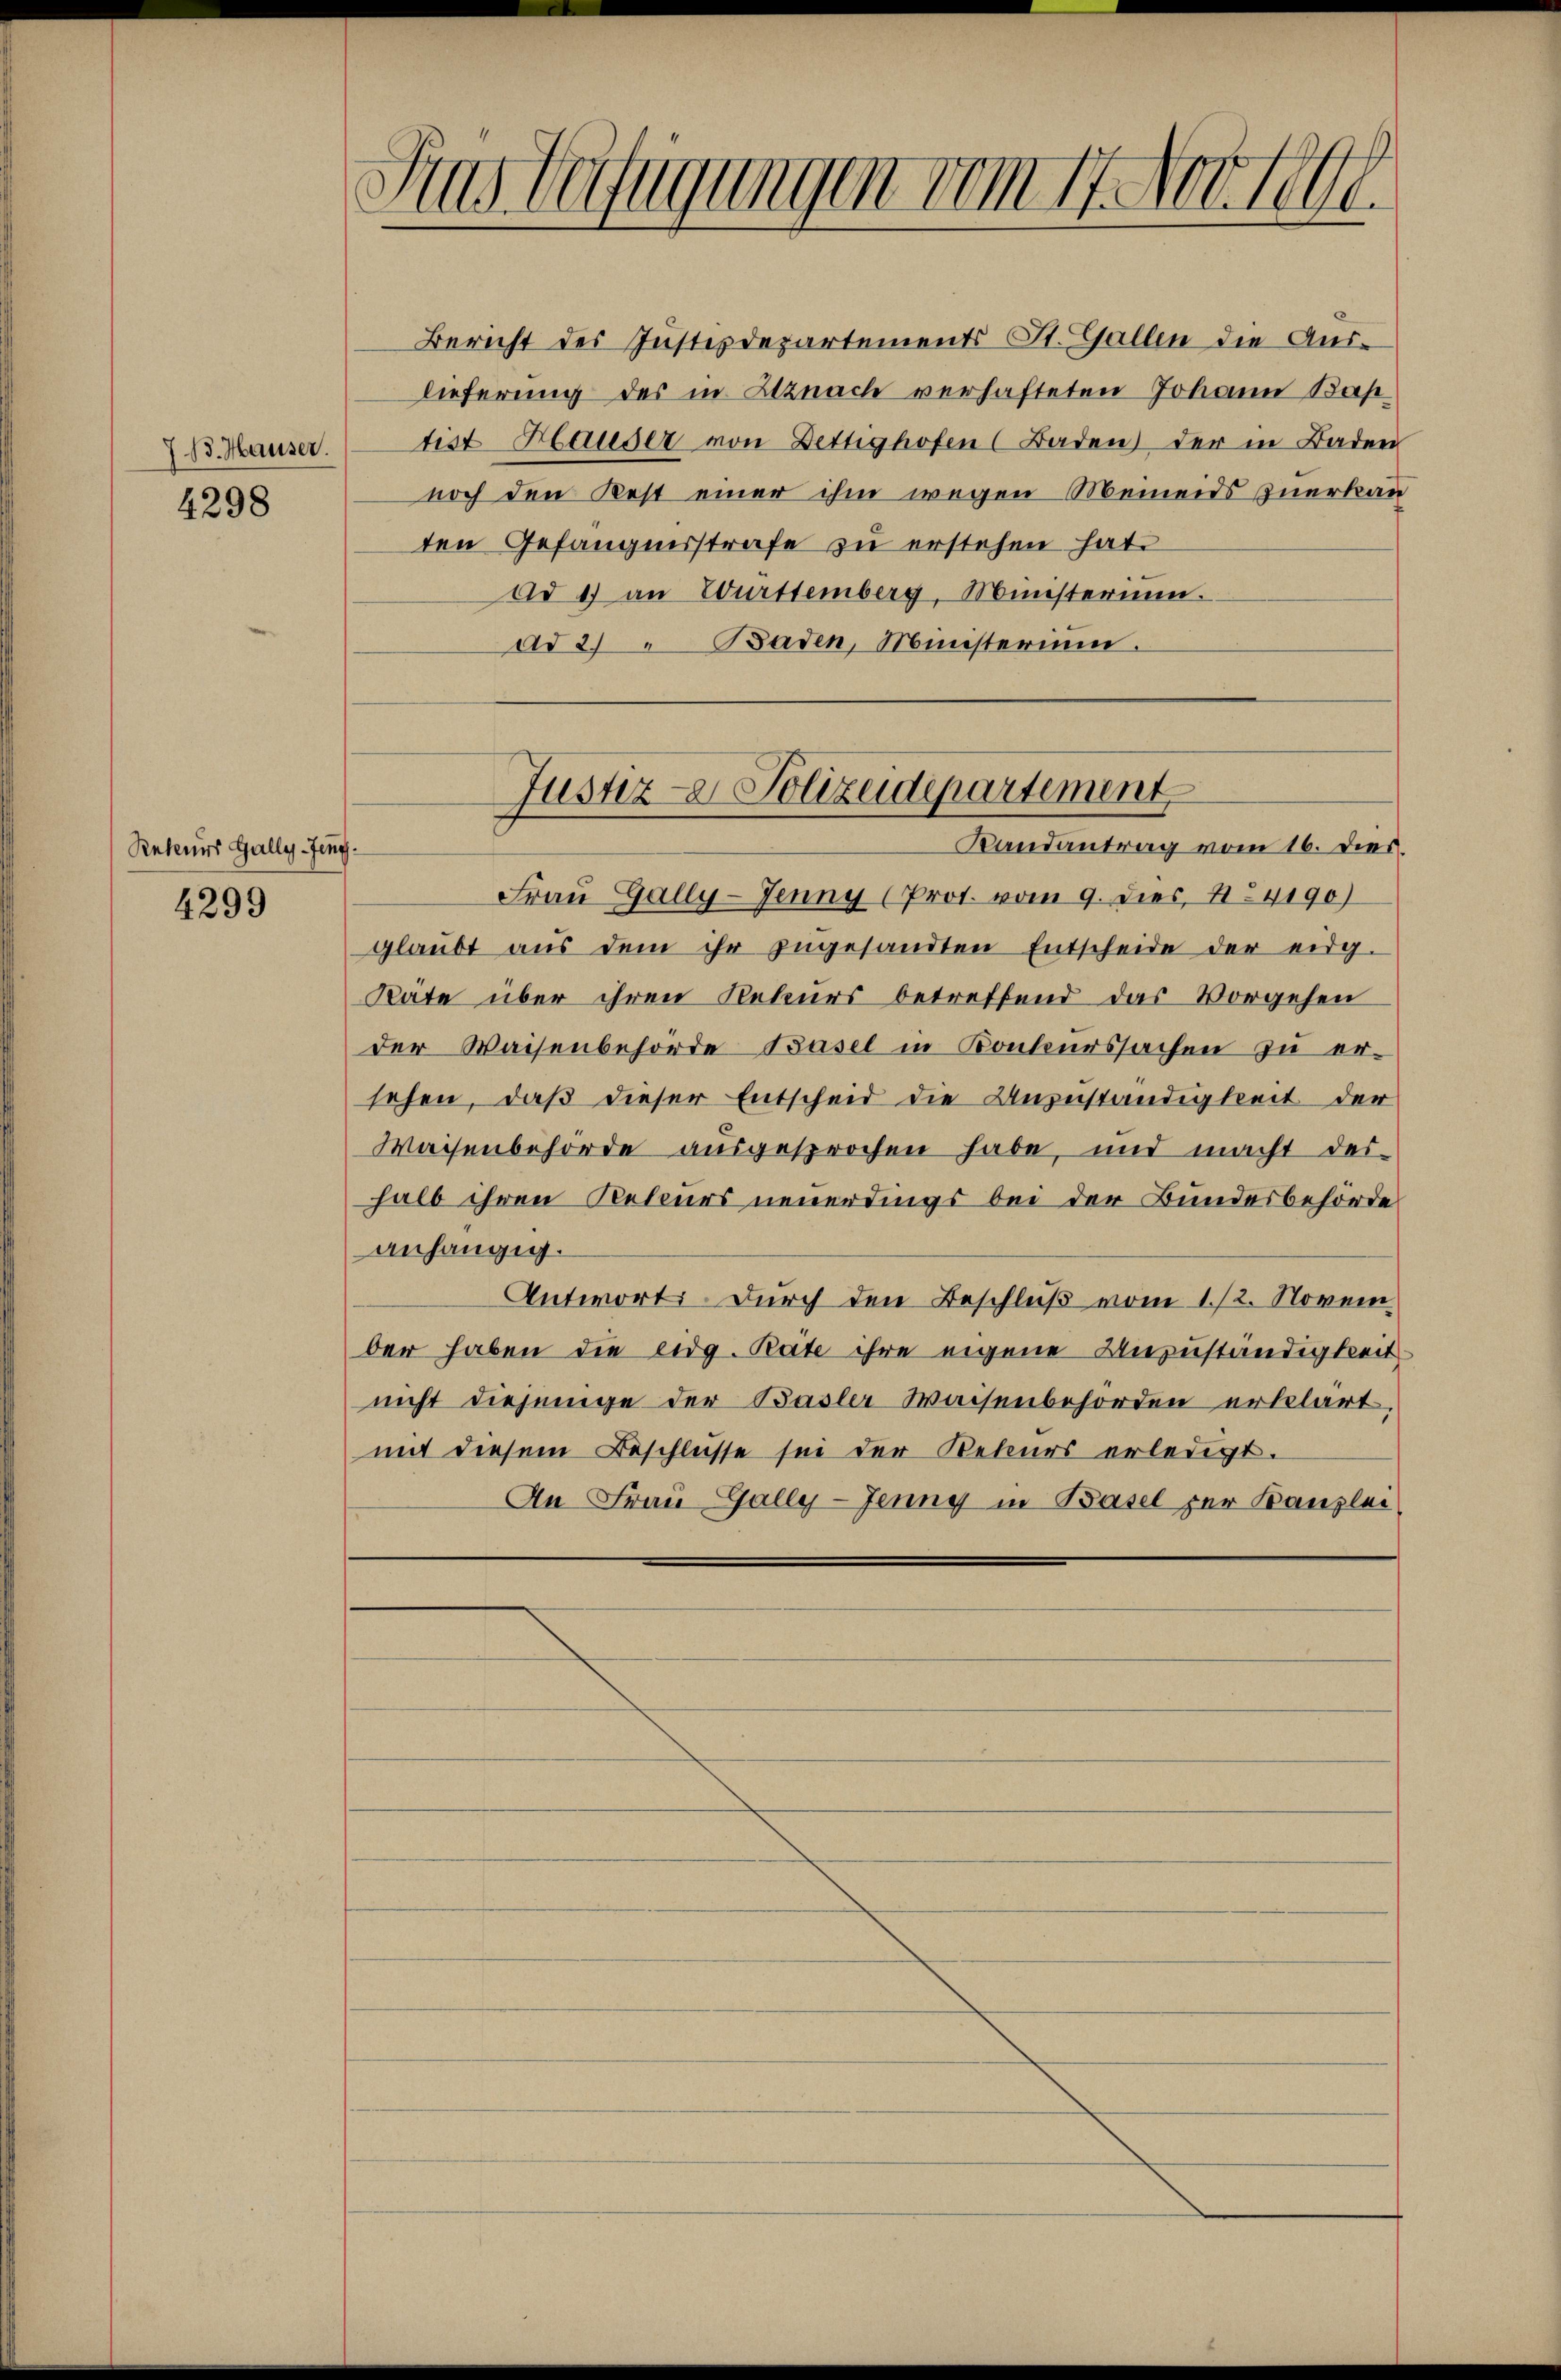
713. Hauser.

4298

Reteurs Gally-Jeng¬

4299

s
tas Verfügungen vom 17. Apr 1890.
d

Bericht des Justizdepartements St. Gallen die Auslieferung des in Uznach verhafteten Johann Bas
tist Hauser von Dettighofen (Baden) der in Baden
noch den Rest einer ihm wegen Meineids zuerkan
ten Gefängnisstrafe zu erstehen hat.
Ad 1) an Württemberg, Münsterium.
ad 2) " Baden, Ministerium.

Justiz - Polizeidepartement
Randantrag vom 16. dies

Fraŭ Gally-Jenny (Prot. vom 9. dies, 124190)
glaŭbt aŭs dem ihr zugesandten Entscheide der eidg.
Räte über ihren Rekurs betreffend das Vorgehen
der Waisenbehörde Basel in Konkurssachen zu er-
sehen, daß dieser Entscheid die Anzuständigkeit der
Waisenbehörde ausgesprochen habe, und macht der-
halb ihren Reteurs neuerdings bei der Bundesbehörde
anhängig.
Antworts. Durch den Beschluß vom 1./2. Novem
ber haben die eidg. Räte ihre eigene Anzuständigkeit
nicht diejenige der Basler Waisenbehörden erklärt,
mit diesem Beschlüsse sei der Rekurs erledigt.
An Frau Gally-Jenny in Basel zur Kanzlei-